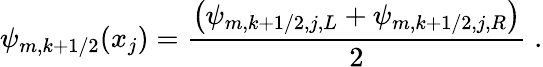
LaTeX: \psi_{m,k+1/2}(x_{j})=\frac{\left(\psi_{m,k+1/2,j,L}+\psi_{m,k+1/2,j,R}\right)}{2}\; .